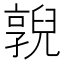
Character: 𠆔